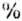
%